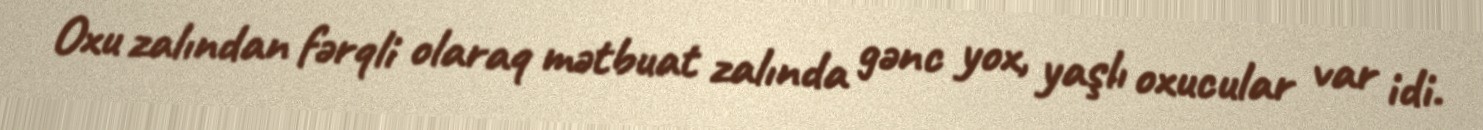
Oxu zalından fərqli olaraq mətbuat zalında gənc yox, yaşlı oxucular var idi.